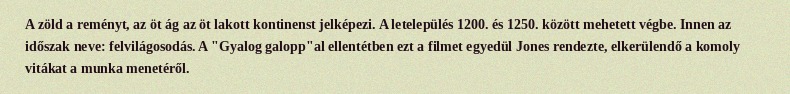
A zöld a reményt, az öt ág az öt lakott kontinenst jelképezi. A letelepülés 1200. és 1250. között mehetett végbe. Innen az időszak neve: felvilágosodás. A "Gyalog galopp"al ellentétben ezt a filmet egyedül Jones rendezte, elkerülendő a komoly vitákat a munka menetéről.